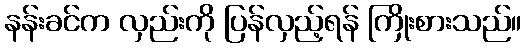
နန်းခင်က လှည်းကို ပြန်လှည့်ရန် ကြိုးစားသည်။